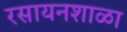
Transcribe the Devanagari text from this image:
रसायनशाळा